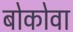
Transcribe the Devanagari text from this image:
बोकोवा